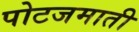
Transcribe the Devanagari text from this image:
पोटजमाती